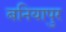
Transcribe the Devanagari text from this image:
बनियापुर